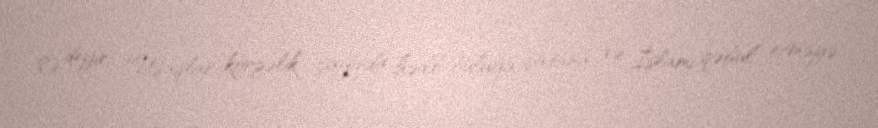
O deyir: "Uşaqlar körpəlik çağında həddi-büluğa çatana və İslamı qəbul etməyə